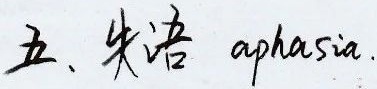
五、失语 aphasia.